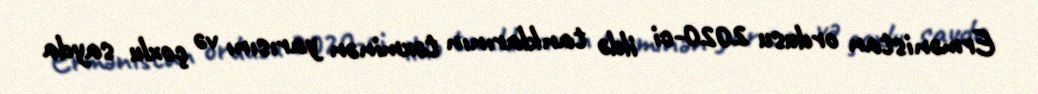
Ermənistan ordusu 2020-ci ildə tanklarının təxminən yarısını və çoxlu sayda